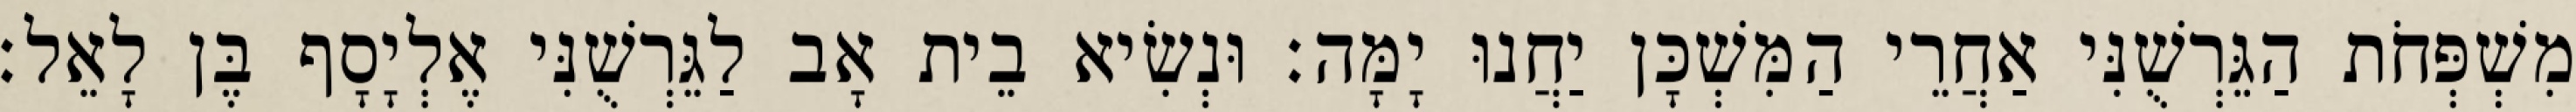
מִשְׁפְּחֹת הַגֵּרְשֻׁנִּי אַחֲרֵי הַמִּשְׁכָּן יַחֲנוּ יָמָּה׃ וּנְשִׂיא בֵית אָב לַגֵּרְשֻׁנִּי אֶלְיָסָף בֶּן לָאֵל׃